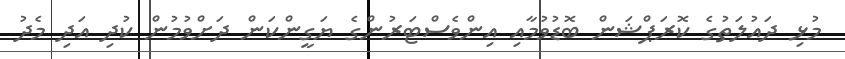
މުޅި ދައުލަތުގެ ކޮރަޕްޝަން ބޮޑުވުމާއި އިންވެސްޓަރުންގެ ޔަގީންކަން ދަށްވުމުން ކުދި އަދި މެދު